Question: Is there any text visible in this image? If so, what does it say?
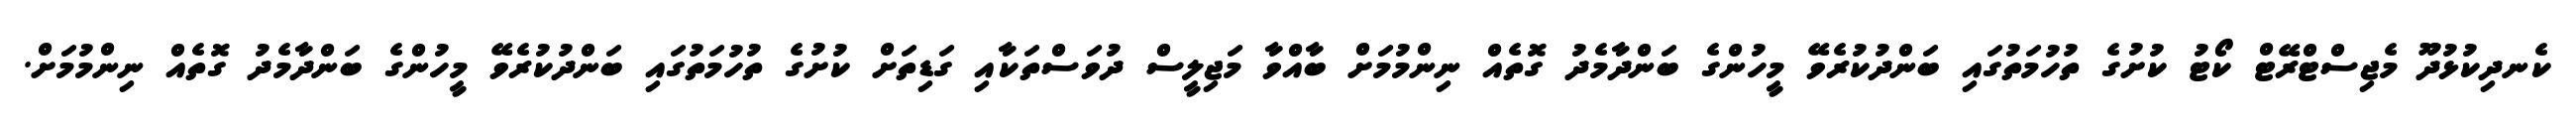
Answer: ކެނދިކުޅުދޫ މެޖިސްޓްރޭޓް ކޯޓު ކުށުގެ ތުހުމަތުގައި ބަންދުކުރެވޭ މީހުންގެ ބަންދާމެދު ގޮތެއް ނިންމުމަށް ބާއްވާ މަޖިލީސް ދުވަސްތަކާއި ގަޑިތަށް ކުށުގެ ތުހުމަތުގައި ބަންދުކުރެވޭ މީހުންގެ ބަންދާމެދު ގޮތެއް ނިންމުމަށް.